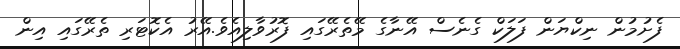
ފެށުމުން ނިކްޔަން ފަލަކް ގެނެސް އޭނާގެ މޭތެރޭގައި ފޮރުވާލިއެވެ.އޭރު އެކޮޓަރި ތެރޭގައި އިން